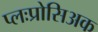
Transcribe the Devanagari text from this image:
प्लःप्रोसिअक